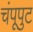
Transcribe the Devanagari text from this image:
चंपूपुट